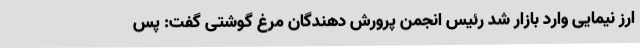
ارز نیمایی وارد بازار شد رئیس انجمن پرورش دهندگان مرغ گوشتی گفت: پس